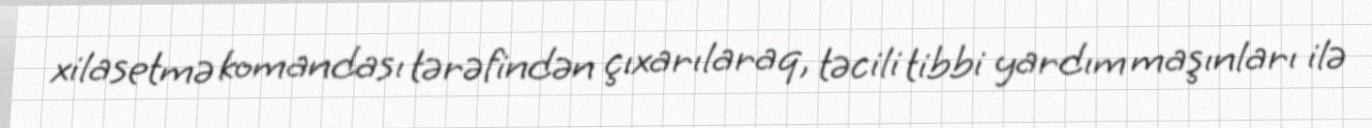
xilasetmə komandası tərəfindən çıxarılaraq, təcili tibbi yardım maşınları ilə